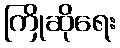
ကြိုဆိုရေး